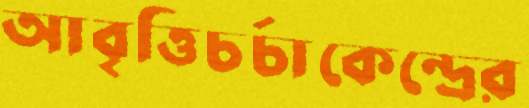
আবৃত্তিচর্চাকেন্দ্রের